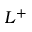
L ^ { + }